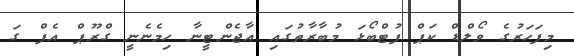
މިފަހަރުގެ ވޯލްޑް ކަޕް ފުޓްބޯޅަ މުބާރާތުގައި އާޖެންޓީނާ ހިމެނެނީ ގްރޫޕް އެފް ގަ